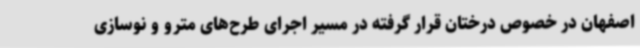
اصفهان در خصوص درختان قرار گرفته در مسیر اجرای طرح‌های مترو و نوسازی